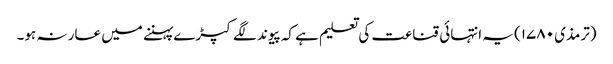
(ترمذی ۱۷۸۰) یہ انتہائی قناعت کی تعلیم ہے کہ پیوند لگے کپڑے پہننے میں عار نہ ہو۔